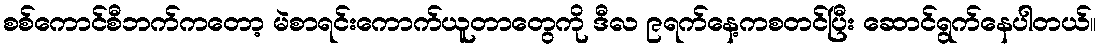
စစ်ကောင်စီဘက်ကတော့ မဲစာရင်းကောက်ယူတာတွေကို ဒီလ ၉ရက်နေ့ကစတင်ပြီး ဆောင်ရွက်နေပါတယ်။